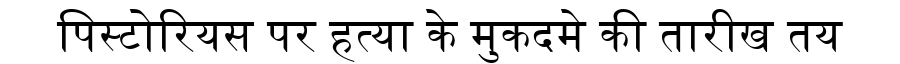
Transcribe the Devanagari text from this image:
पिस्टोरियस पर हत्या के मुकदमे की तारीख तय